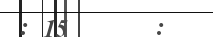
: 15      :